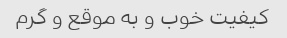
کیفیت خوب و به موقع و گرم